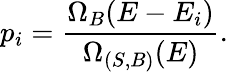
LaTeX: p_{i}={\frac{\Omega_{B}(E-E_{i})}{\Omega_{(S,B)}(E)}}.